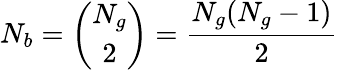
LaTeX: N_{b}={\binom{N_{g}}{2}}=\frac{N_{g}(N_{g}-1)}{2}